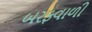
બરફવાળી